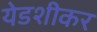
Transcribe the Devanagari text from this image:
येडशीकर